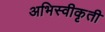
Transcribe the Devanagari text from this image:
अभिस्वीकृती